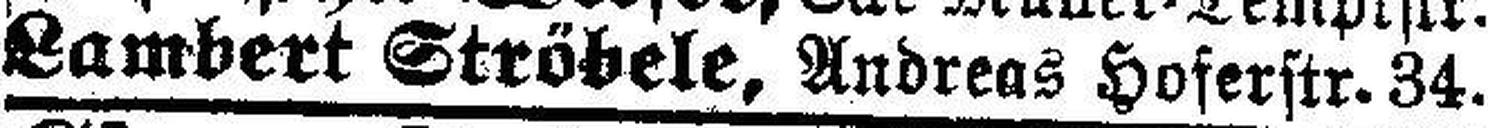
Lambert Ströbele, Andreas Hoferstr. 34.